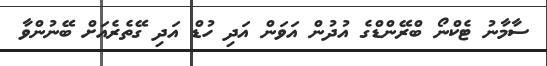
ސާމާނު ޓެކްނޯ ބްރޭންޑްގެ އުދުން އަވަން އަދި ހުޑް އަދި ގޭތެރެއަށް ބޭނުންވާ